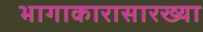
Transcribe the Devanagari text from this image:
भागाकारासारख्या